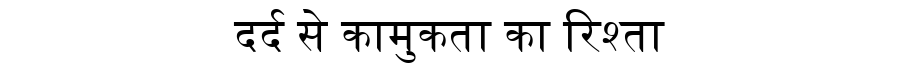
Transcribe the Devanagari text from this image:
दर्द से कामुकता का रिश्ता